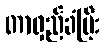
တာရှည်ခံပြီး